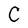
Character: C